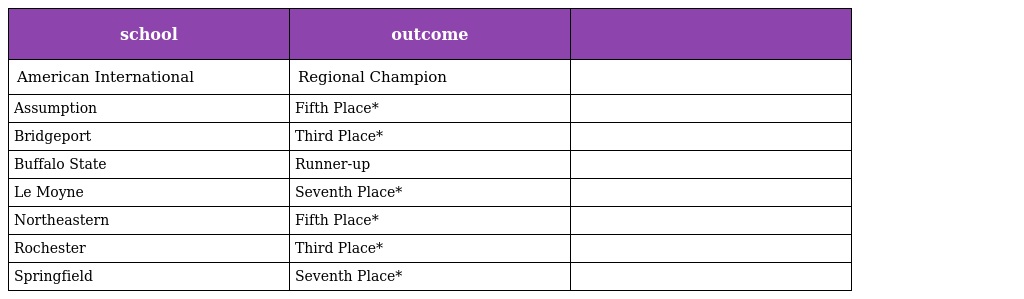
| school | outcome |  |
 | --- | --- | --- |
 | American International | Regional Champion |  |
 | Assumption | Fifth Place* |  |
 | Bridgeport | Third Place* |  |
 | Buffalo State | Runner-up |  |
 | Le Moyne | Seventh Place* |  |
 | Northeastern | Fifth Place* |  |
 | Rochester | Third Place* |  |
 | Springfield | Seventh Place* |  |